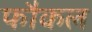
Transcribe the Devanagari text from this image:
फौकल